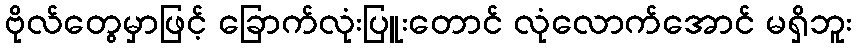
ဗိုလ်တွေမှာဖြင့် ခြောက်လုံးပြူးတောင် လုံလောက်အောင် မရှိဘူး